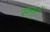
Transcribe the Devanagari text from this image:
सन्ॅ